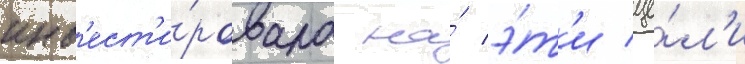
инв'ест'и́ровала на́ э́т'и це́л'и